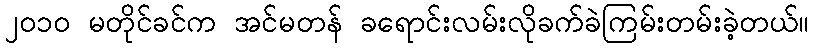
၂၀၁၀ မတိုင်ခင်က အင်မတန် ခရောင်းလမ်းလိုခက်ခဲကြမ်းတမ်းခဲ့တယ်။